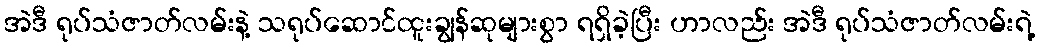
အဲဒီ ရုပ်သံဇာတ်လမ်းနဲ့ သရုပ်ဆောင်ထူးချွန်ဆုများစွာ ရရှိခဲ့ပြီး ဟာလည်း အဲဒီ ရုပ်သံဇာတ်လမ်းရဲ့